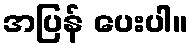
အပြန် ပေးပါ။